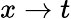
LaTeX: x\rightarrow t